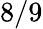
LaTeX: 8/9